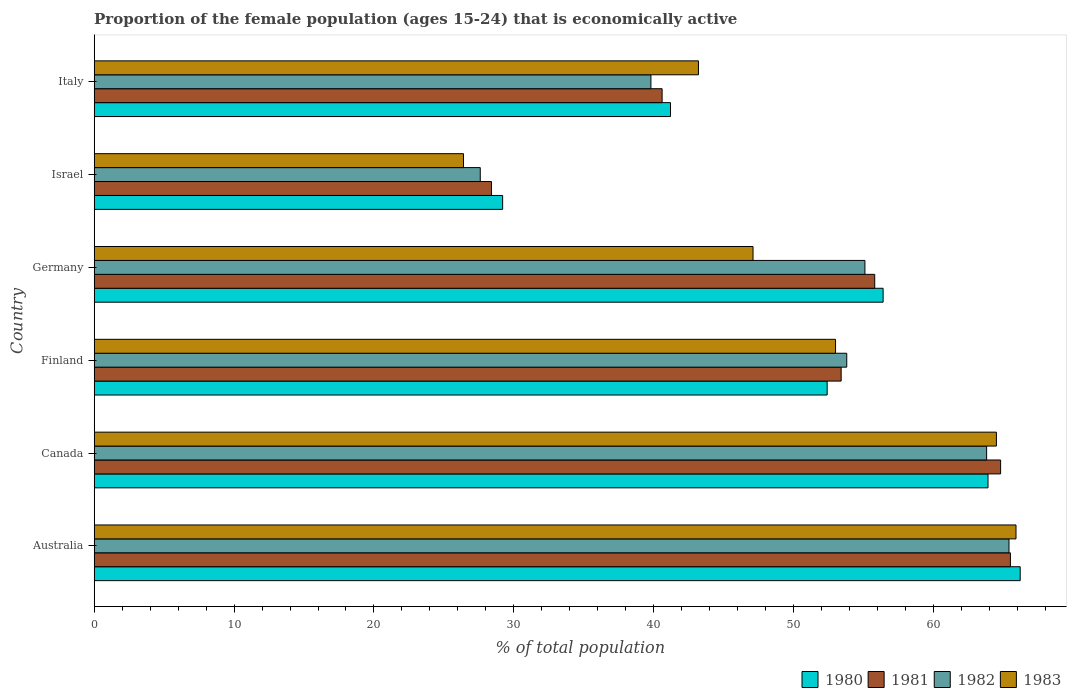
| Country | 1980 | 1981 | 1982 | 1983 |
 | --- | --- | --- | --- | --- |
 | Australia | 66.2 | 65.5 | 65.4 | 65.9 |
 | Canada | 63.9 | 64.8 | 63.8 | 64.5 |
 | Finland | 52.4 | 53.4 | 53.8 | 53 |
 | Germany | 56.4 | 55.8 | 55.1 | 47.1 |
 | Israel | 29.2 | 28.4 | 27.6 | 26.4 |
 | Italy | 41.2 | 40.6 | 39.8 | 43.2 |